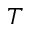
T